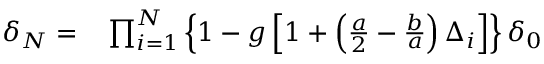
\begin{array} { r l } { \delta _ { N } = } & { { } \prod _ { i = 1 } ^ { N } \left\{ 1 - g \left[ 1 + \left( \frac { a } { 2 } - \frac { b } { a } \right) \Delta _ { i } \right] \right\} \delta _ { 0 } } \end{array}